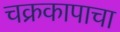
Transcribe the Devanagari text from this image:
चक्रकापाचा